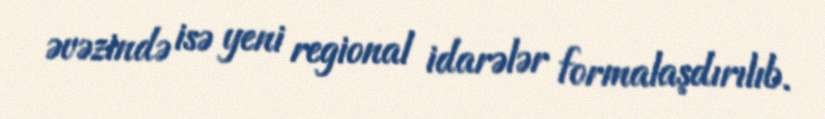
əvəzində isə yeni regional idarələr formalaşdırılıb.